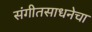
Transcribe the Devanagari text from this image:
संगीतसाधनेचा